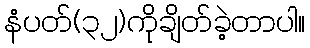
နံပတ်(၃၂)ကိုချိတ်ခဲ့တာပါ။